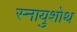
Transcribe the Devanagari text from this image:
स्नायुशोथ